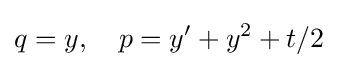
\displaystyle q=y,\quad p=y^{\prime }+y^{2}+t/2